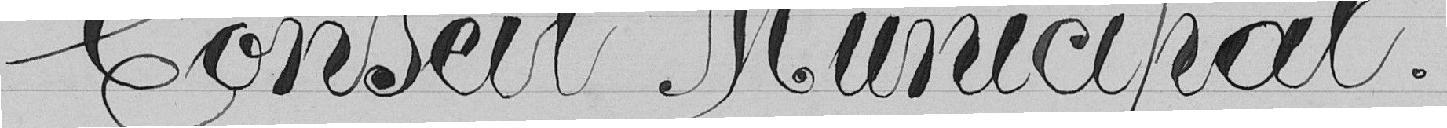
Conseil Municipal.